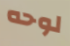
لوحه